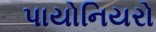
પાયોનિયરો